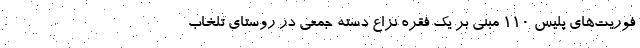
فوریت‌های پلیس ۱۱۰ مبنی بر یک فقره نزاع دسته جمعی در روستای تلخاب